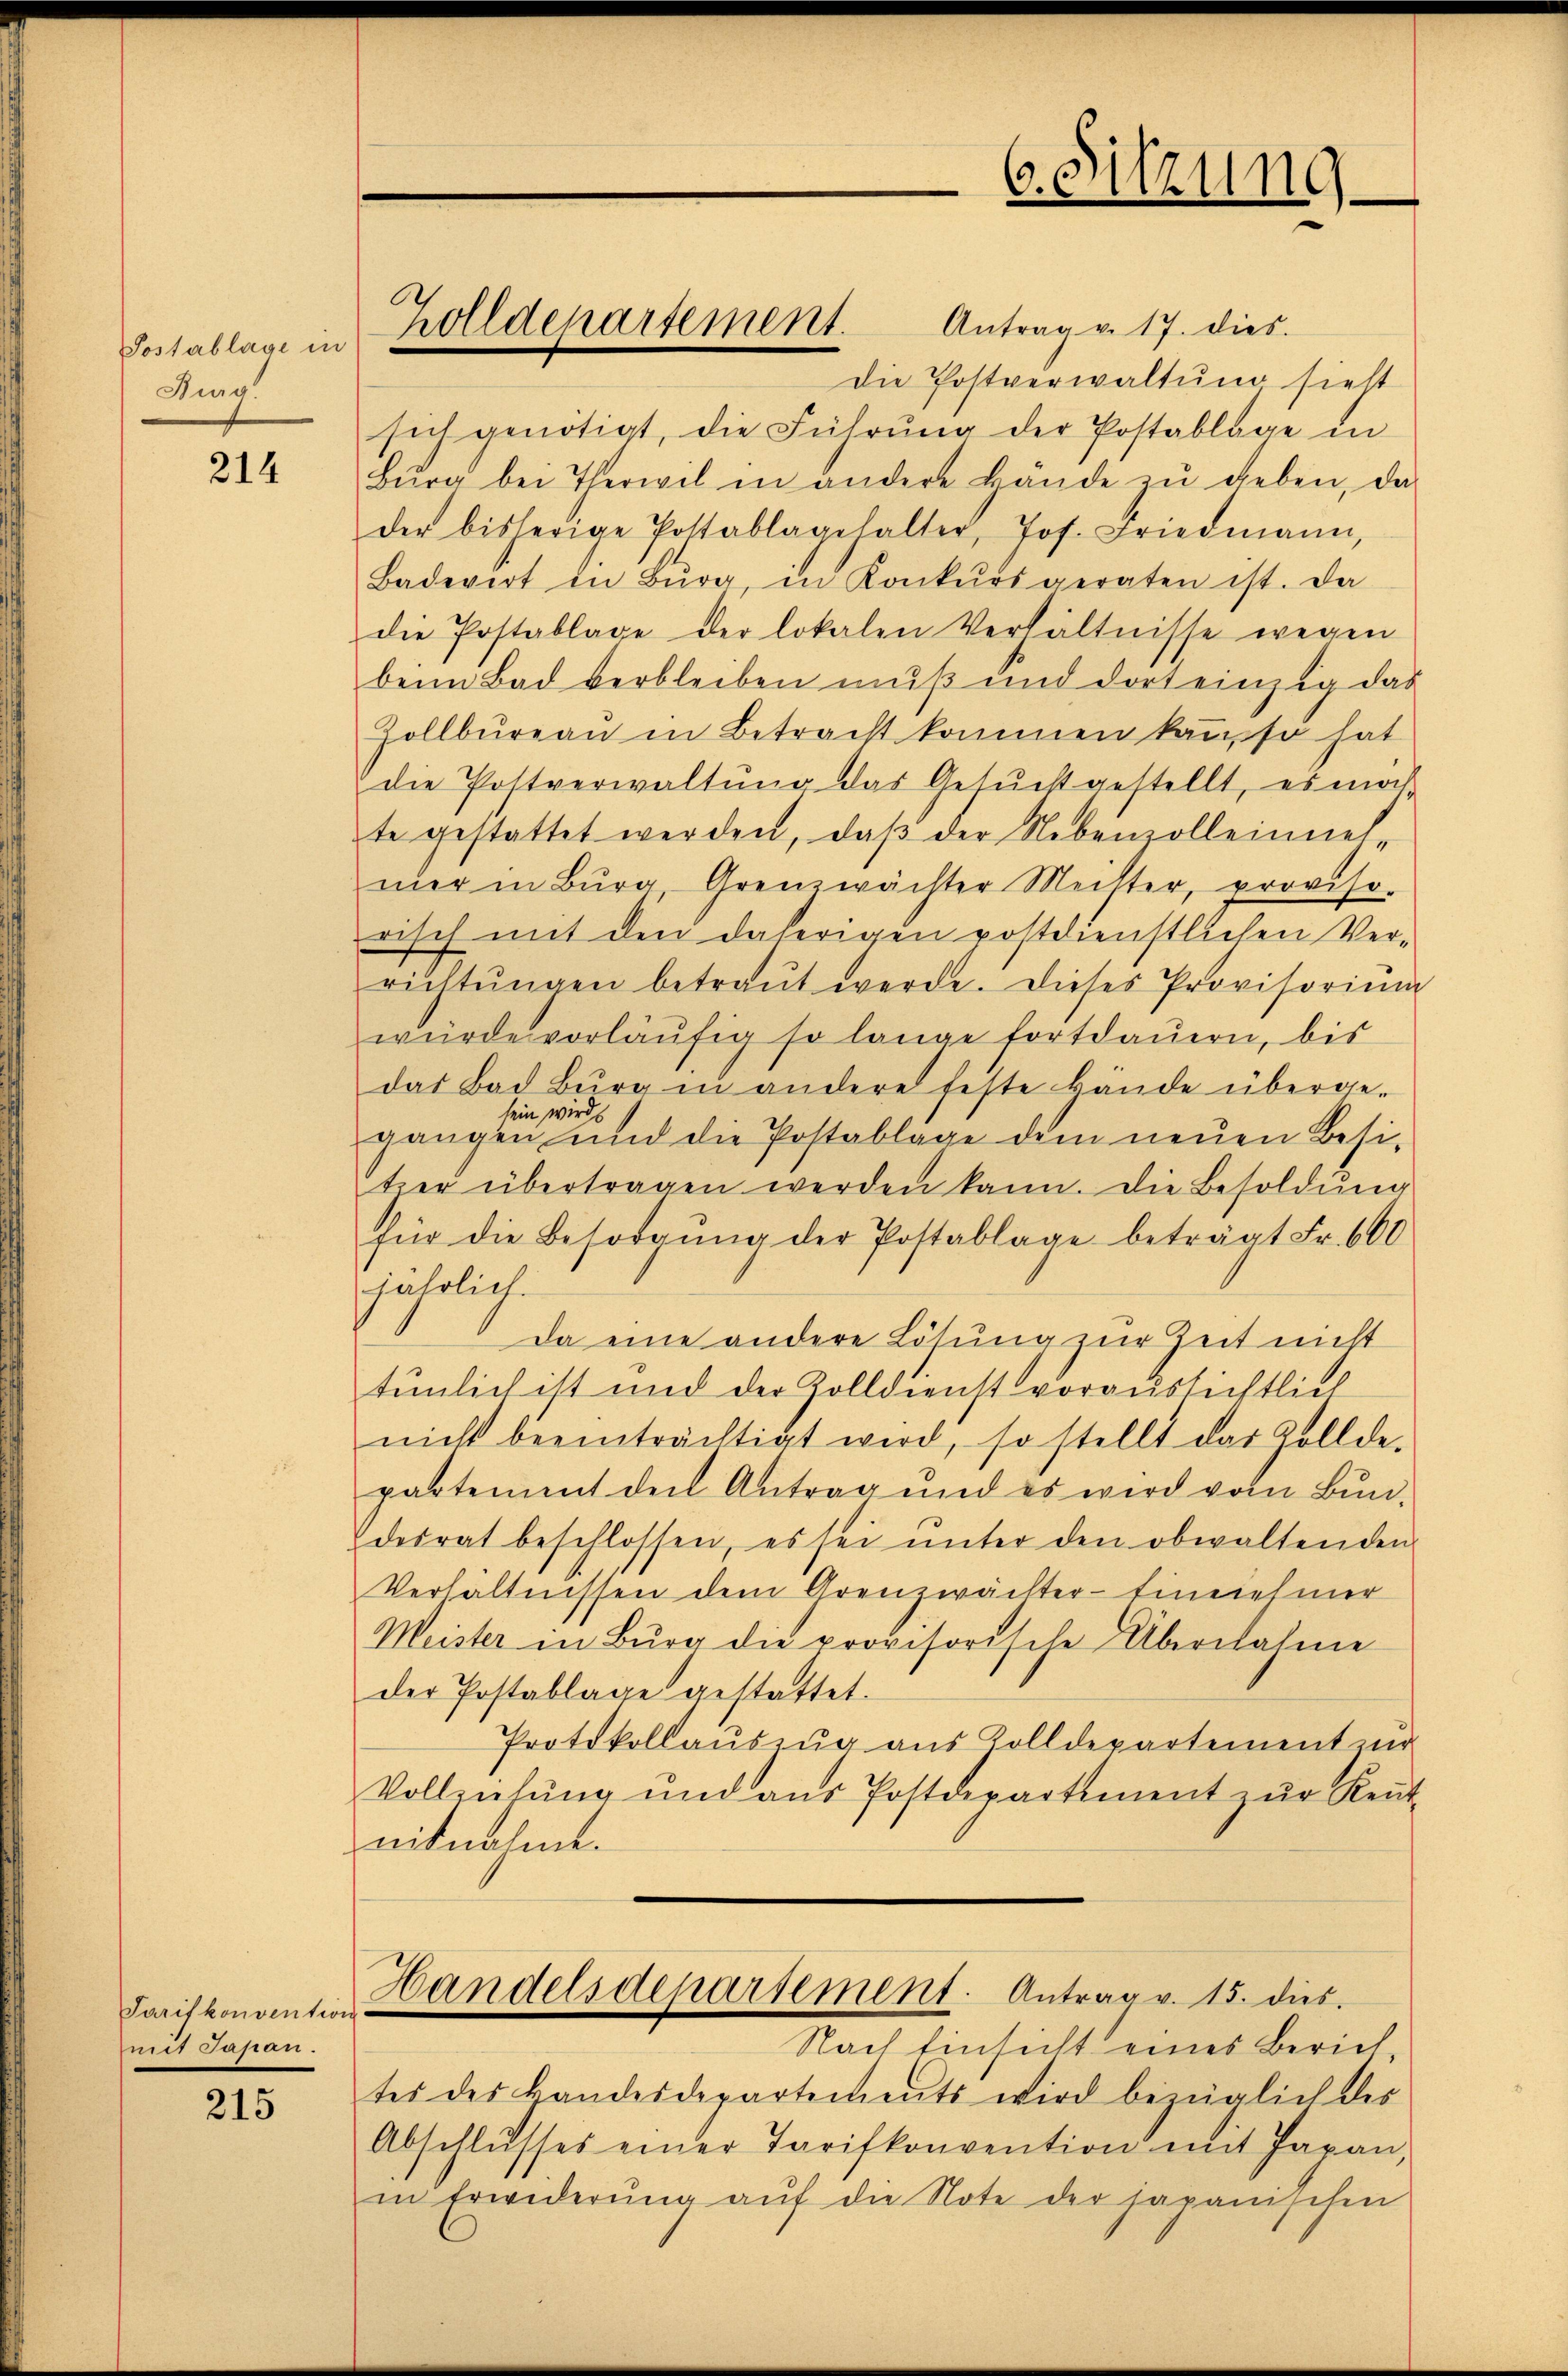
Postablage in
Burg.

214

Tarifkonvention
mit Papan.

215

Antrag v. 17. dies
Die Postverwaltung sieht
sich genötigt, die Führŭng der Postablage in
Bŭrg bei Therwil in andere Hände zŭ geben, da
der bisherige Postablagehalter, Jos. Friedmann,
Badevert in Bŭrg, in Konkŭrs geraten ist. Da
die Postablage der lokalen Verhältnisse wegen
beim Bad verbleiben mŭβ und dort einzig das
Zollbüreau in Betracht kommen kann, so hat
die Postverwaltung das Gesucht gestellt, es noch
te gestattet werden, daβ der Nebenzolleinet-
mer in Burg, Grenzwächter Meilter, proviso-
risch mit den daherigen postdienstlichen Verrichtŭngen betraŭt werde. Dieses Provisoriŭm
würde vorläŭfig so lange fortdauern, bis
das Bad Burg in andere feste Bände überge-
lein wird
gangen und die Postablage dem neuen Besitier übertragen werden kann. Die Besoldŭng
für die Besorgŭng der Postablage beträgt Fr. 600
jährlich.
Da eine andere Lösung zur Zeit nicht
tunlich ist und der Zolldienst voraussichtlich
nicht beeinträchtigt wird, so stellt das Zollde-
partement der Antrag und es wird vom Bundesrat beschlossen, es sei ŭnter den obwaltenden
Verhältnissen dem Grenzwächter-Einnehmer
Weister in Burg die provisorische Übernahme
der Postablage gestattet.
Protokollauszug aus Zolldepartement und
Vollziehŭng und ans Postdepartement ŭr Reŭt-
nitnahme.
Handelsdeparsement. Antrag v. 15. dies
Nach Einsicht eines Zürich
tes des Bandesdepartements wird bezüglich des
Abschlŭsses einer Tarifkonvention mit Japan,
in Erwiderŭng aŭf die Note der japanischen

Zolldepartement.

6. Sitzung